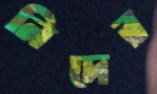
নিদের